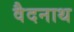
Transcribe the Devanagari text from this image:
वैदनाथ